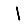
Digit: 1